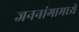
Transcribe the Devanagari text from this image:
जननांगामध्ये